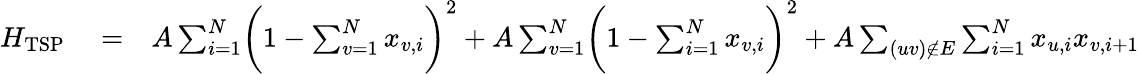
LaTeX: \begin{array}{rlr}{H_{\mathrm{TSP}}}&{{}=}&{A\sum_{i=1}^{N}\biggl(1-\sum_{v=1}^{N}x_{v,i}\biggr)^{2}+A\sum_{v=1}^{N}\biggl(1-\sum_{i=1}^{N}x_{v,i}\biggr)^{2}+A\sum_{(uv)\notin E}\sum_{i=1}^{N}x_{u,i}x_{v,i+1}}\end{array}